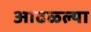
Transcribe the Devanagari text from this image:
आढळ्ल्या